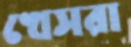
খেসরা